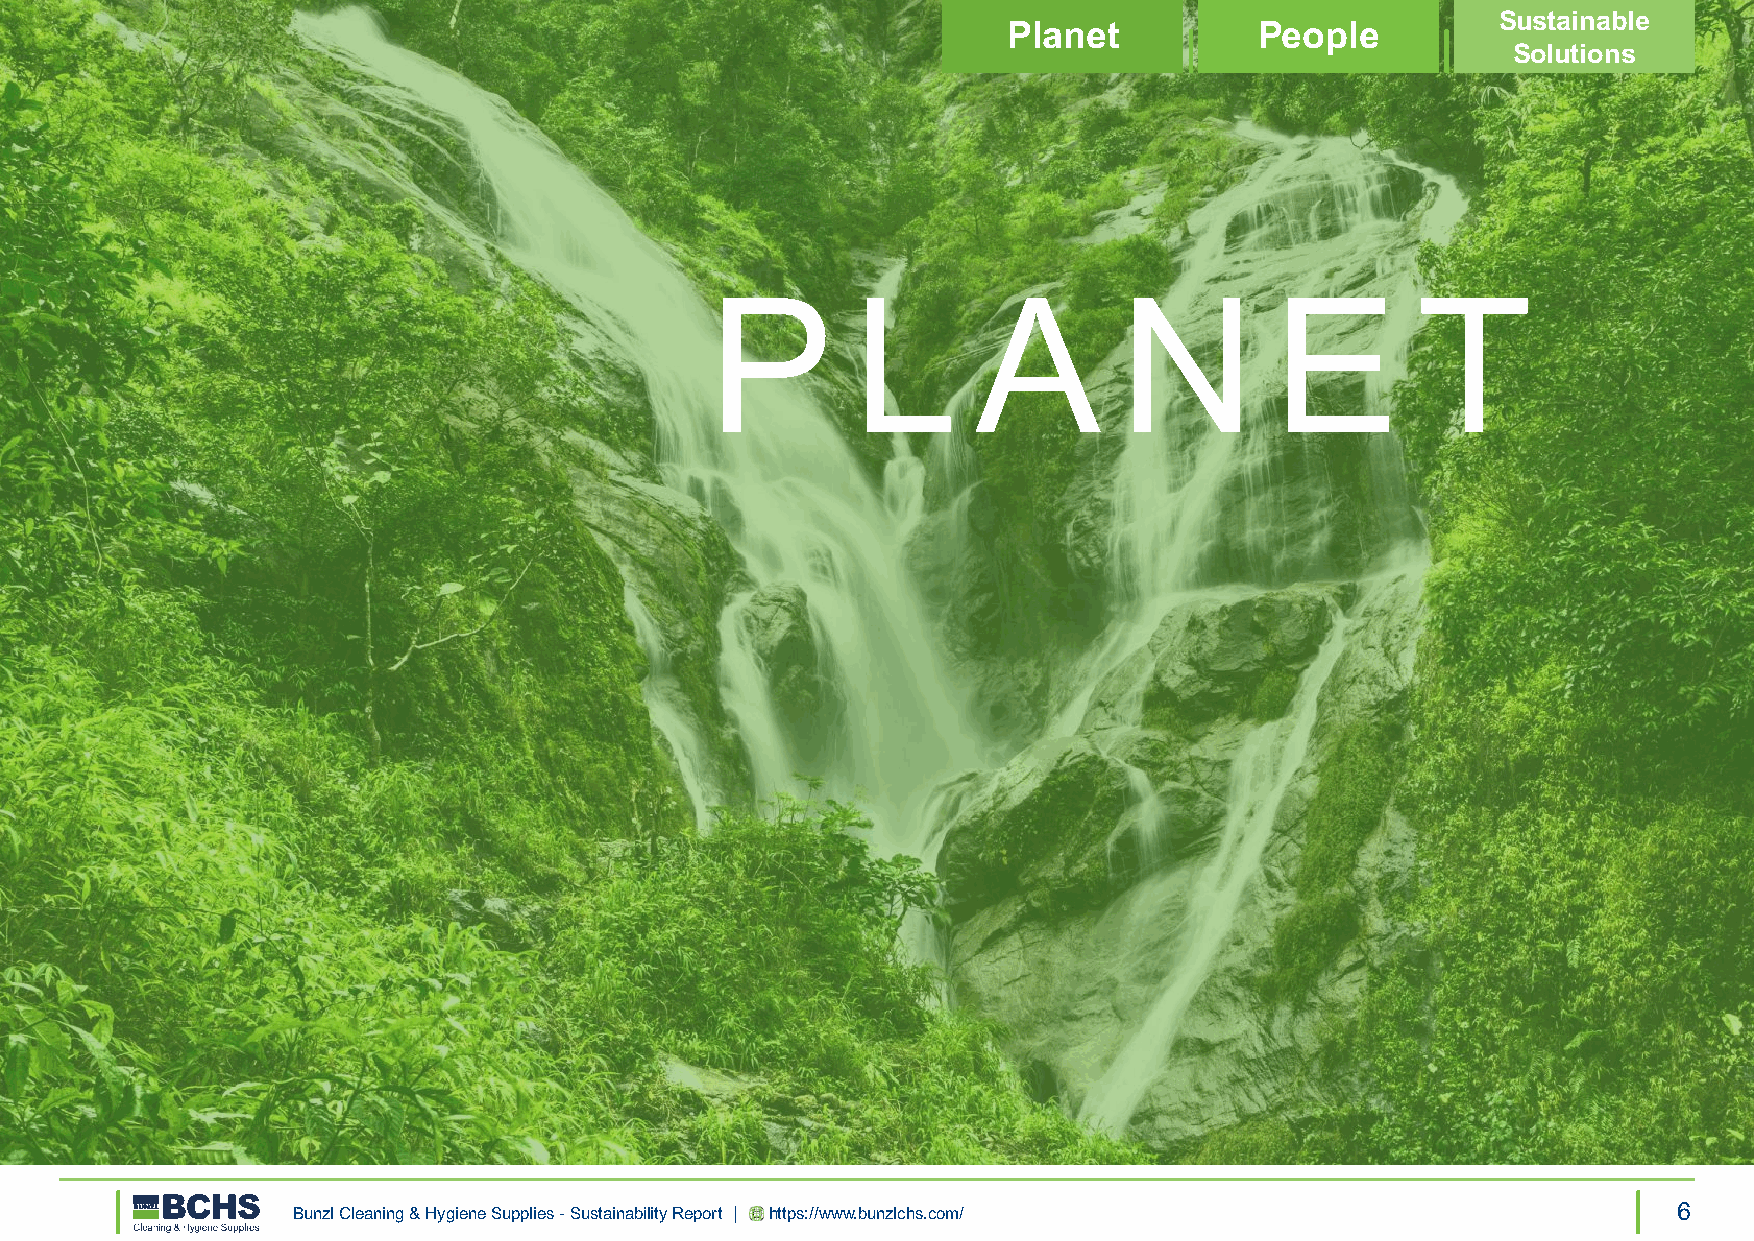
Sustainable
 Planet          People
 Solutions
 P        L        A        N         E         T
 Bunzl Cleaning & Hygiene Supplies - Sustainability Report | https://www.bunzlchs.com/       6